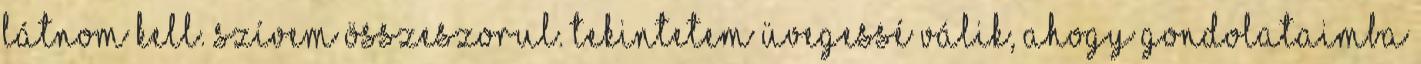
látnom kell. Szívem összeszorul. Tekintetem üvegessé válik, ahogy gondolataimba